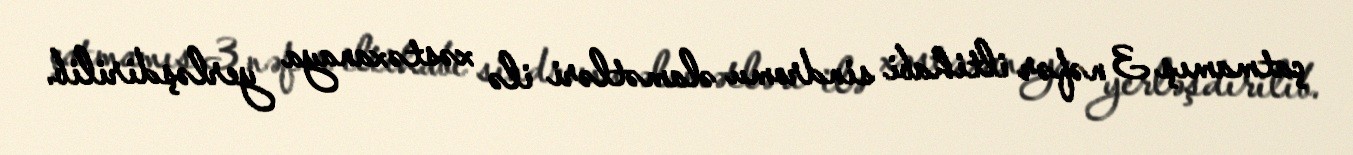
çatmamış 3 nəfər iltihabi sindromu əlamətləri ilə xəstəxanaya yerləşdirilib.